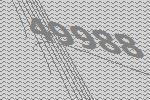
49988